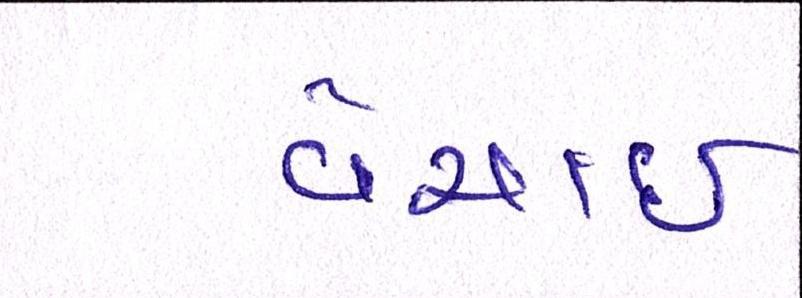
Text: વેચાઈ